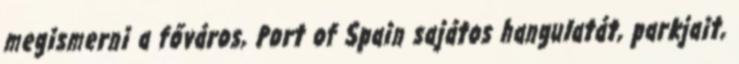
megismerni a főváros, Port of Spain sajátos hangulatát, parkjait,